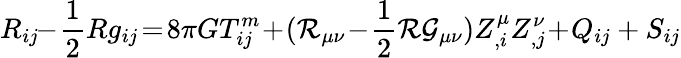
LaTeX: R_{ij}\! \! -\! \frac{1}{2}Rg_{ij}\! =\! 8\pi GT_{ij}^{m}\! +\! ({\cal R}_{\mu\nu}\! -\! \frac{1}{2}{\cal R}{\cal G}_{\mu\nu})Z_{,i}^{\mu}Z_{,j}^{\nu}\! +\! Q_{ij}+S_{ij}